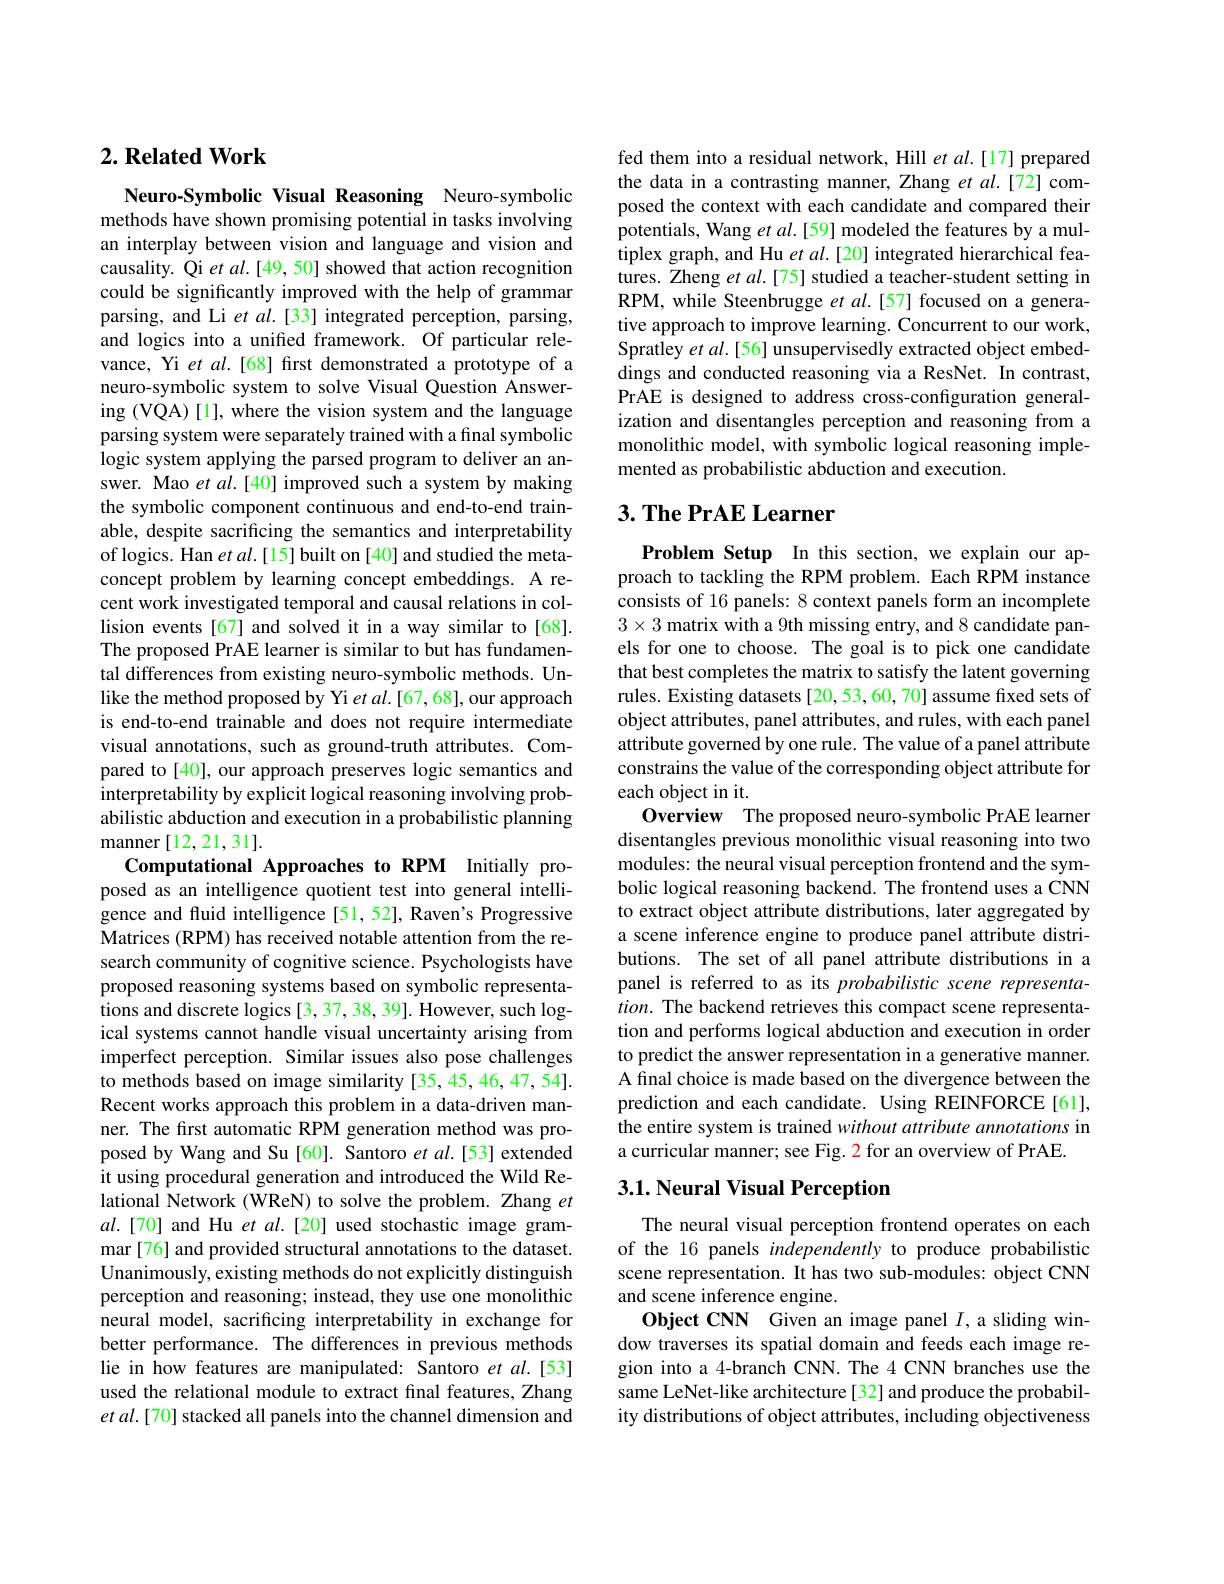
## $2. \textbf{ Related Work}$

Neuro-Symbolic Visual Reasoning Neuro-symbolic methods have shown promising potential in tasks involving an interplay between vision and language and vision and causality. Qi et al.[49,50] showed that action recognition could be significantly improved with the help of grammar parsing, and Li et al.[33] integrated perception, parsing, and logics into a unifed framework. Of particular relevance, Yi $etal.$[68] first demonstrated a prototype of a neuro-symbolic system to solve Visual Question Answering (VQA)[1], where the vision system and the language parsing system were separately trained with a final symbolic logic system applying the parsed program to deliver an answer. Mao $etal.[40]$ improved such a system by making the symbolic component continuous and end-to-end trainable, despite sacrificing the semantics and interpretability of logics. Han et al.[15] built on [40] and studied the metaconcept problem by learning concept embeddings. A recent work investigated temporal and causal relations in collision events[67] and solved it in a way similar to[68]. The proposed PrAE learner is similar to but has fundamental differences from existing neuro-symbolic methods. Unlike the method proposed by Yi et al.[67,68], our approach is end-to-end trainable and does not require intermediate visual annotations, such as ground-truth attributes. Compared to [40], our approach preserves logic semantics and interpretability by explicit logical reasoning involving probabilistic abduction and execution in a probabilistic planning manner [12,21,31].
Computational Approaches to RPM Initially proposed as an intelligence quotient test into general intelligence and fluid intelligence [51, 52], Raven's Progressive Matrices (RPM) has received notable attention from the research community of cognitive science. Psychologists have proposed reasoning systems based on symbolic representations and discrete logics [3, 37, 38, 39]. However, such logical systems cannot handle visual uncertainty arising from imperfect perception. Similar issues also pose challenges to methods based on image similarity [35,45,46,47,54]. Recent works approach this problem in a data-driven manner. The first automatic RPM generation method was proposed by Wang and Su[60]. Santoro et al.[53] extended it using procedural generation and introduced the Wild Relational Network (WReN) to solve the problem. Zhang $et$ $al.[70]$ and Hu et al.[20] used stochastic image grammar [76] and provided structural annotations to the dataset. Unanimously, existing methods do not explicitly distinguish perception and reasoning; instead, they use one monolithic neural model, sacrificing interpretability in exchange for better performance. The differences in previous methods lie in how features are manipulated: Santoro et al.[53] used the relational module to extract final features, Zhang $etal.[70]$ stacked all panels into the channel dimension and

fed them into a residual network, Hill et al.[17] prepared the data in a contrasting manner, Zhang $et$ al.[72] composed the context with each candidate and compared their potentials, Wang $etal.[59]$ modeled the features by a multiplex graph, and Hu $et$ al.[20] integrated hierarchical features. Zheng $etal.[75]$ studied a teacher-student setting in RPM, while Steenbrugge et al.[57] focused on a generative approach to improve learning. Concurrent to our work, Spratley $etal.[56]$ unsupervisedly extracted object embeddings and conducted reasoning via a ResNet. In contrast, PrAE is designed to address cross-configuration generalization and disentangles perception and reasoning from a monolithic model, with symbolic logical reasoning implemented as probabilistic abduction and execution.

# 3. The PrAE Learner

Problem Setup In this section, we explain our approach to tackling the RPM problem. Each RPM instance consists of 16 panels: 8 context panels form an incomplete $3\times3$ matrix with a 9th missing entry, and 8 candidate panels for one to choose. The goal is to pick one candidate that best completes the matrix to satisfy the latent governing rules. Existing datasets [20,53,60,70] assume fixed sets of object attributes, panel attributes, and rules, with each panel attribute governed by one rule. The value of a panel attribute constrains the value of the corresponding object attribute for each object in it.
Overview The proposed neuro-symbolic PrAE learner disentangles previous monolithic visual reasoning into two modules: the neural visual perception frontend and the symbolic logical reasoning backend. The frontend uses a CNN to extract object attribute distributions, later aggregated by a scene inference engine to produce panel attribute distributions. The set of all panel attribute distributions in a panel is referred to as its probabilistic scene representa- $ition.$ The backend retrieves this compact scene representation and performs logical abduction and execution in order to predict the answer representation in a generative manner. A final choice is made based on the divergence between the prediction and each candidate. Using REINFORCE[61], the entire system is trained without attribute annotations in a curricular manner; see Fig. 2 for an overview of PrAE

## 3.1. Neural Visual Perception

The neural visual perception frontend operates on each of the 16 panels independently to produce probabilistic scene representation. It has two sub-modules: object CNN and scene inference engine.
Object CNN Given an image panel $I$,a sliding window traverses its spatial domain and feeds each image region into a 4-branch CNN. The 4 CNN branches use the same LeNet-like architecture[32] and produce the probability distributions of object attributes, including objectiveness